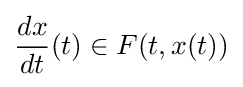
{\frac {dx}{dt}}(t)\in F(t,x(t))